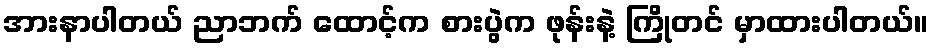
အားနာပါတယ် ညာဘက် ထောင့်က စားပွဲက ဖုန်းနဲ့ ကြိုတင် မှာထားပါတယ်။